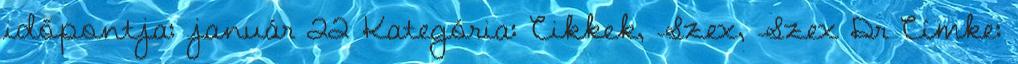
időpontja: január 22 Kategória: Cikkek, Szex, Szex Dr Címke: